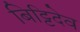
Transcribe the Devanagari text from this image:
बिट्टिदेव